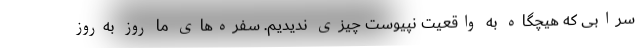
سرابی که هیچگاه به واقعیت نپیوست چیزی ندیدیم. سفره‌های ما روز به‌روز